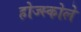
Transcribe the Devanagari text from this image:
होज्स्कोले